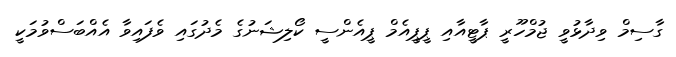
ގާސިމް ވިދާޅުވީ ޖުމްހޫރީ ޕާޓީއާއި ޕީޕީއެމް ޕީއެންސީ ކޯލިޝަނުގެ މެދުގައި ވެފައިވާ އެއްބަސްވުމަކީ